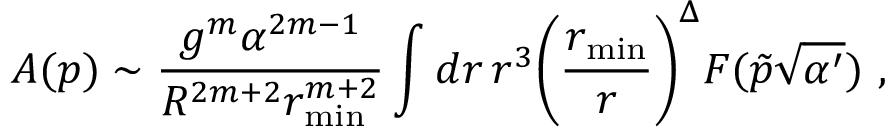
{ \cal A } ( p ) \sim \frac { g ^ { m } \alpha ^ { 2 m - 1 } } { R ^ { 2 m + 2 } r _ { \mathrm { m i n } } ^ { m + 2 } } \int d r \, r ^ { 3 } \biggl ( \frac { r _ { \mathrm { m i n } } } { r } \biggr ) ^ { \Delta } F ( \tilde { p } \sqrt { \alpha ^ { \prime } } ) \ ,